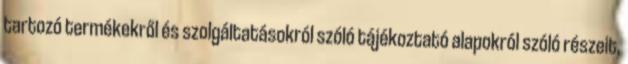
tartozó termékekről és szolgáltatásokról szóló tájékoztató alapokról szóló részeit,